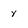
Character: y